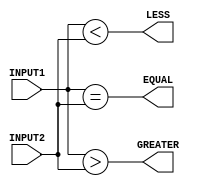
module twoBitComparator(INPUT1, INPUT2, EQUAL, GREATER, LESS);
  input [1:0] INPUT1, INPUT2;
  output reg EQUAL, GREATER, LESS;
  
  always @(*)
  begin
    EQUAL = ({INPUT1[1],INPUT1[0]} ==  {INPUT2[1],INPUT2[0]});
    GREATER = ({INPUT1[1],INPUT1[0]} >  {INPUT2[1],INPUT2[0]});
    LESS = ({INPUT1[1],INPUT1[0]} <  {INPUT2[1],INPUT2[0]});
  end
endmodule